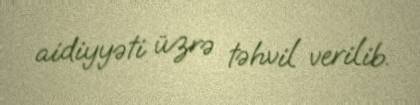
aidiyyəti üzrə təhvil verilib.